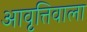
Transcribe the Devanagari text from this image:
आवृत्तिवाला